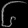
Digit: ၆